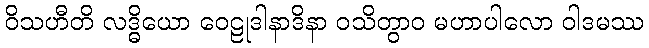
ဝိသဟီတိ လဒ္ဓိယော ဝေဠုဒါနာဒိနာ ဝသိတွာဝ မဟာပါလော ဝါဒမဿ